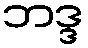
ဘဒ္ဒ